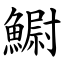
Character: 䲁